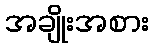
အချိုးအစား